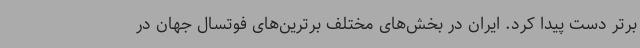
برتر دست پیدا کرد. ایران در بخش‌های مختلف برترین‌های فوتسال جهان در